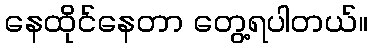
နေထိုင်နေတာ တွေ့ရပါတယ်။